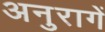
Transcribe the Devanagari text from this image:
अनुरागें